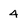
Character: 4